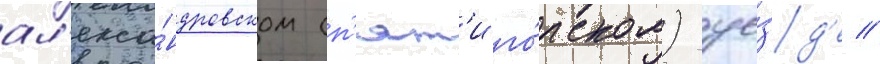
ал'екса́ндровском (п'ят'иго́рском) уе́зд'е //